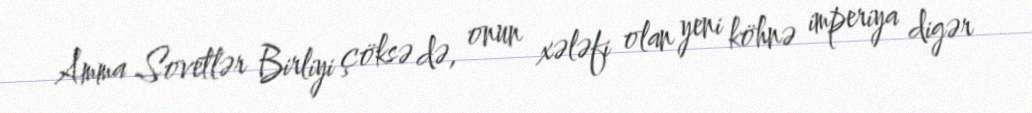
Amma Sovetlər Birliyi çöksə də, onun xələfi olan yeni köhnə imperiya digər